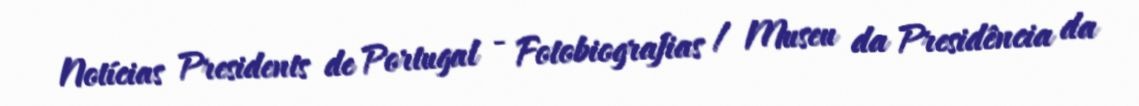
Notícias Presidents de Portugal - Fotobiografias / Museu da Presidência da